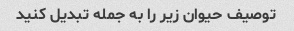
توصیف حیوان زیر را به جمله تبدیل کنید